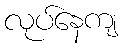
လုပ်နေကျ